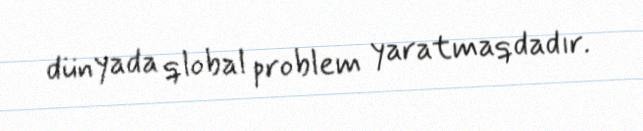
dünyada qlobal problem yaratmaqdadır.